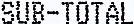
SUB-TOTAL